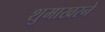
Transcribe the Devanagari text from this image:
शुमाखरने